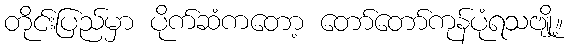
တိုင်းပြည်မှာ ပိုက်ဆံကတော့ တော်တော်ကုန်ပုံရသဗျို့။